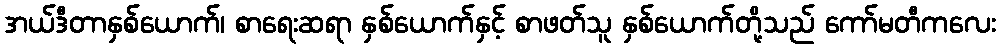
အယ်ဒီတာနှစ်ယောက်၊ စာရေးဆရာ နှစ်ယောက်နှင့် စာဖတ်သူ နှစ်ယောက်တို့သည် ကော်မတီကလေး